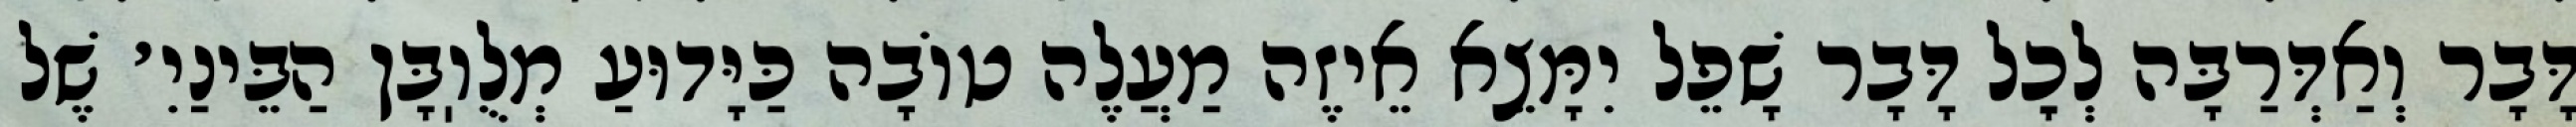
דָּבָר וְאַדְּרַבָּה לְכׇל דָּבָר שָׁפֵל יִמָּצֵא אֵיזֶה מַעֲלֶה טוֹבָה כַּיָּדוּעַ מְלֻוֽבָּן הַבֵּינַיִ׳ שֶׁל